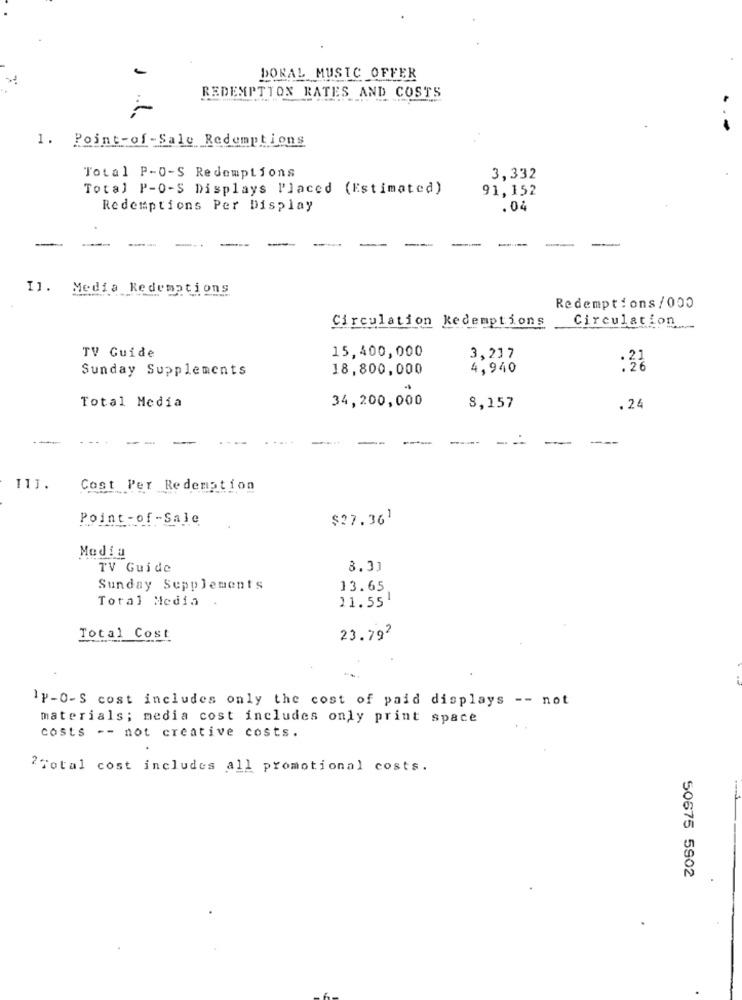
DORAL MUSIC OFFER
REDEMPTION RATES AND COSTS
1. Point-of -Sale Redemptions
Total P-0-S Redemptions
3,332
Total P-0-S Displays Placed (Estimated)
91,152
Redemptions Per Display
.04
---
--
-
-
Il. Media Redemptions
Redemptions /000
Circulation Redemptions
Circulation.
15,400,000
TV Guide
3,217
Sunday Supplements
18,800,000
4,940
: 28
Total Media
34,200,000
8,157
. 24
--
---
-
--
111.
Cost Per Redemption
Point-of -Sale
$27.361
Media
TV Guide
8.31
Sunday Supplements
13.65
Total Media
11.551
Total Cost
23.792
IP-0-S cost includes only the cost of paid displays -- not
materials; media cost includes only print space
costs -- not creative costs.
2 Total cost includes all promotional costs.
50675 5902
.